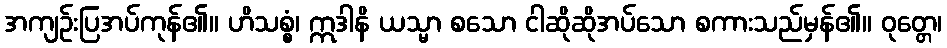
အကျဉ်းပြအပ်ကုန်၏။ ဟိသစ္စံ၊ ဣဒါနိ ယသ္မာ စသော ငါဆိုဆိုအပ်သော စကားသည်မှန်၏။ ဝုတ္တေ၊